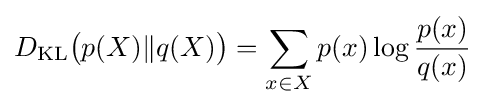
D_{\mathrm {KL} }{\bigl (}p(X)\|q(X){\bigr )}=\sum _{x\in X}p(x)\log {\frac {p(x)}{q(x)}}